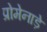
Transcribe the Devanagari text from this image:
प्रोमेनाड़े